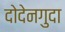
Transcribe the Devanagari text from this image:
दोदेनगुदा